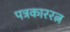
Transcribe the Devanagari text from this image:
पत्रकाररत्न